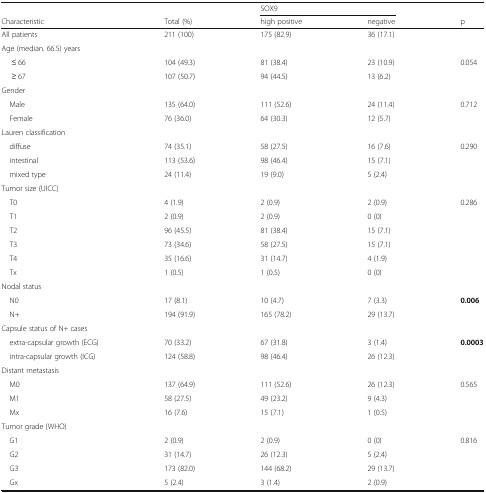
<table><thead><tr><td></td><td></td><td colspan="2"><b>SOX9</b></td><td></td></tr><tr><td><b>Characteristic</b></td><td><b>Total (%)</b></td><td><b>high positive</b></td><td><b>negative</b></td><td><b>p</b></td></tr></thead><tbody><tr><td>All patients</td><td>211 (100)</td><td>175 (82.9)</td><td>36 (17.1)</td><td></td></tr><tr><td colspan="5">Age (median. 66.5) years</td></tr><tr><td>≤ 66</td><td>104 (49.3)</td><td>81 (38.4)</td><td>23 (10.9)</td><td>0.054</td></tr><tr><td>≥ 67</td><td>107 (50.7)</td><td>94 (44.5)</td><td>13 (6.2)</td><td></td></tr><tr><td colspan="5">Gender</td></tr><tr><td> Male</td><td>135 (64.0)</td><td>111 (52.6)</td><td>24 (11.4)</td><td>0.712</td></tr><tr><td> Female</td><td>76 (36.0)</td><td>64 (30.3)</td><td>12 (5.7)</td><td></td></tr><tr><td colspan="5">Lauren classification</td></tr><tr><td> diffuse</td><td>74 (35.1)</td><td>58 (27.5)</td><td>16 (7.6)</td><td>0.290</td></tr><tr><td> intestinal</td><td>113 (53.6)</td><td>98 (46.4)</td><td>15 (7.1)</td><td></td></tr><tr><td> mixed type</td><td>24 (11.4)</td><td>19 (9.0)</td><td>5 (2.4)</td><td></td></tr><tr><td colspan="5">Tumor size (UICC)</td></tr><tr><td> T0</td><td>4 (1.9)</td><td>2 (0.9)</td><td>2 (0.9)</td><td>0.286</td></tr><tr><td> T1</td><td>2 (0.9)</td><td>2 (0.9)</td><td>0 (0)</td><td></td></tr><tr><td> T2</td><td>96 (45.5)</td><td>81 (38.4)</td><td>15 (7.1)</td><td></td></tr><tr><td> T3</td><td>73 (34.6)</td><td>58 (27.5)</td><td>15 (7.1)</td><td></td></tr><tr><td> T4</td><td>35 (16.6)</td><td>31 (14.7)</td><td>4 (1.9)</td><td></td></tr><tr><td> Tx</td><td>1 (0.5)</td><td>1 (0.5)</td><td>0 (0)</td><td></td></tr><tr><td colspan="5">Nodal status</td></tr><tr><td> N0</td><td>17 (8.1)</td><td>10 (4.7)</td><td>7 (3.3)</td><td><b>0.006</b></td></tr><tr><td> N+</td><td>194 (91.9)</td><td>165 (78.2)</td><td>29 (13.7)</td><td></td></tr><tr><td colspan="5">Capsule status of N+ cases</td></tr><tr><td> extra-capsular growth (ECG)</td><td>70 (33.2)</td><td>67 (31.8)</td><td>3 (1.4)</td><td><b>0.0003</b></td></tr><tr><td> intra-capsular growth (ICG)</td><td>124 (58.8)</td><td>98 (46.4)</td><td>26 (12.3)</td><td></td></tr><tr><td colspan="5">Distant metastasis</td></tr><tr><td> M0</td><td>137 (64.9)</td><td>111 (52.6)</td><td>26 (12.3)</td><td>0.565</td></tr><tr><td> M1</td><td>58 (27.5)</td><td>49 (23.2)</td><td>9 (4.3)</td><td></td></tr><tr><td> Mx</td><td>16 (7.6)</td><td>15 (7.1)</td><td>1 (0.5)</td><td></td></tr><tr><td colspan="5">Tumor grade (WHO)</td></tr><tr><td> G1</td><td>2 (0.9)</td><td>2 (0.9)</td><td>0 (0)</td><td>0.816</td></tr><tr><td> G2</td><td>31 (14.7)</td><td>26 (12.3)</td><td>5 (2.4)</td><td></td></tr><tr><td> G3</td><td>173 (82.0)</td><td>144 (68.2)</td><td>29 (13.7)</td><td></td></tr><tr><td> Gx</td><td>5 (2.4)</td><td>3 (1.4)</td><td>2 (0.9)</td><td></td></tr></tbody></table>